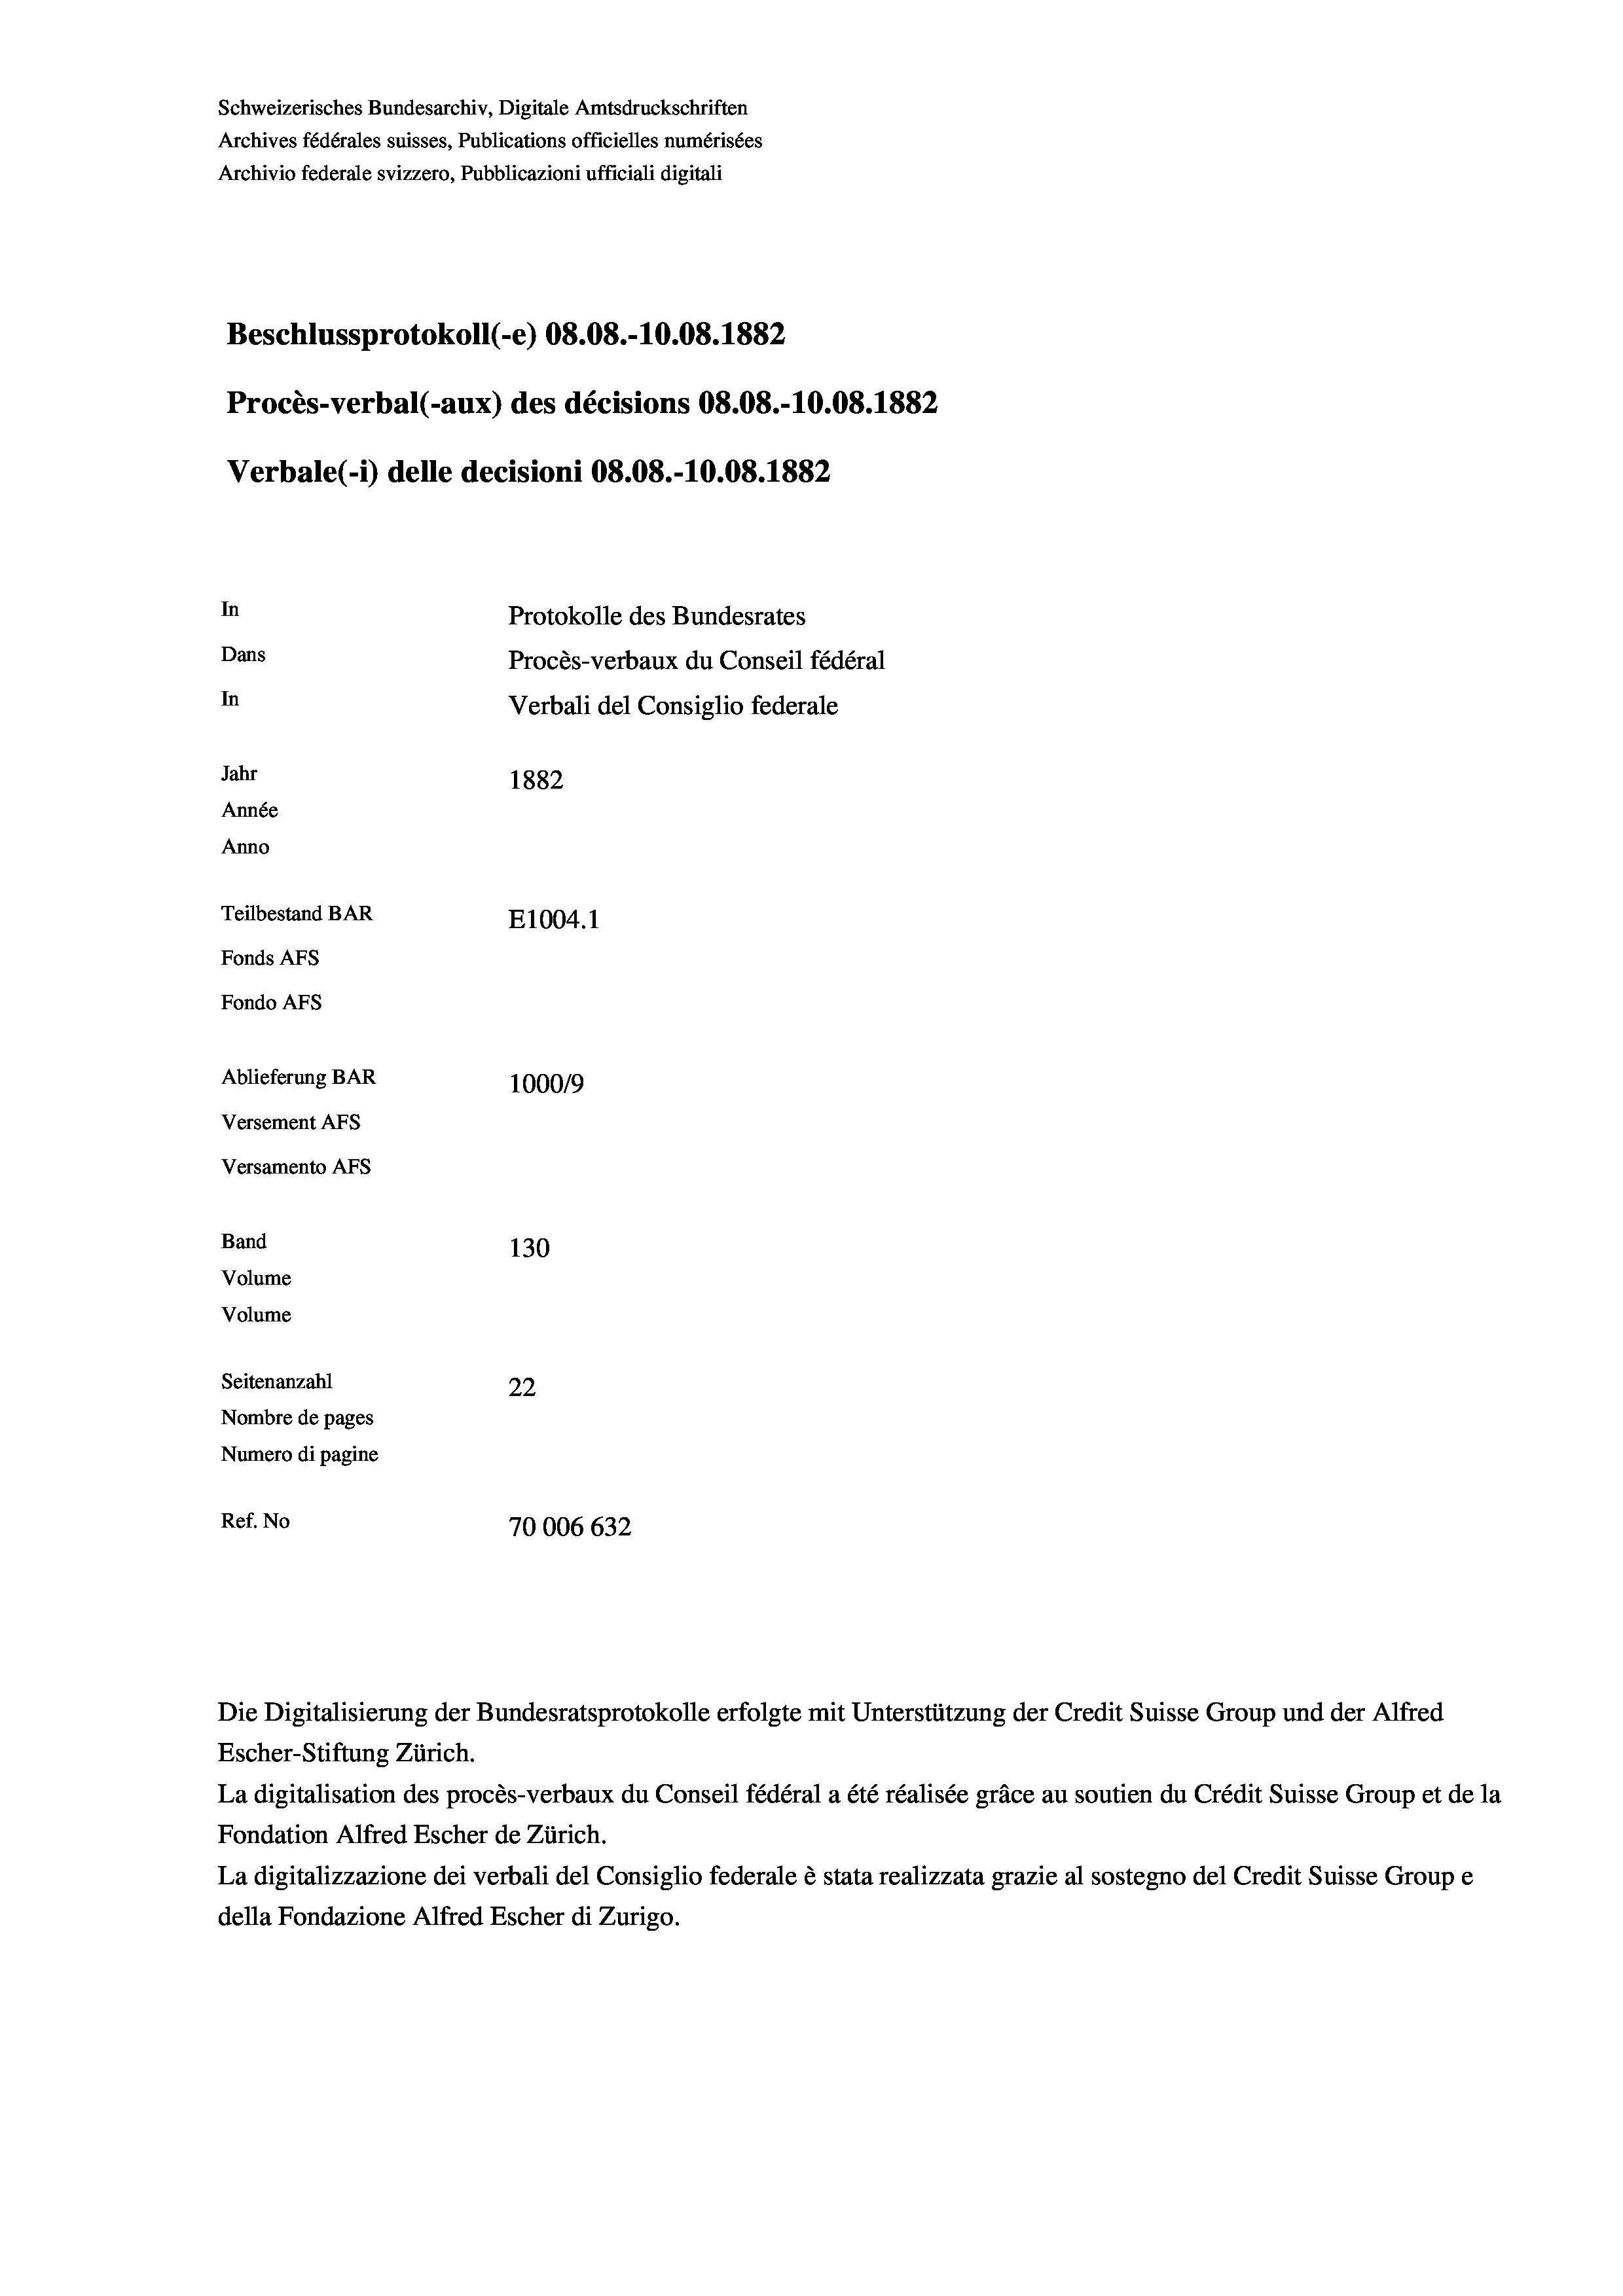
Schweizerisches Bundesarchiv, Digitale Amtsdruckschriften
Archives fédérales suisses, Publications officielles numérisées
Archivio federale svizzero, Pubblicazioni ufficiali digitali
Beschlussprotokoll (e) 08.08.-10.08. 1882
Procès-verbal (-aux) des décisions 08.08.-10.08. 1882
Verbale(-*) delle decisioni 08.08.-10.08. 1882
In
Protokolle des Bundesrates
Dans
Procès-verbaux du Conseil fédéral
In
Verbali del Consiglio federale
Jahr
1882
Année
Anno
Teilbestand BAR
E1004. 1
Fonds AFs
Fondo Afs
Ablieferung BAR
100019
Versement AFs
Versamento AFs
Band
130
Volume
Volume
Seitenanzahl
22
Nombre de pages
Numero di pagine
Ref. No
70006 632

Die Digitalisierung der Bundesratsprotokolle erfolgte mit Unterstützung der Credit Suisse Group und der Alfred
Escher-Stiftung Zürich.
La digitalisation des procès-verbaux du Conseil fédéral a été réalisée gräce au soutien du Crédit Suisse Group et de la
Fondation Alfred Escher de Zürich.
La digitalizzazione dei verbali del Consiglio federale è stata realizzata grazie al sostegno del Credit Suisse Groupe
della Fondazione Alfred Escher di Zurigo.